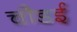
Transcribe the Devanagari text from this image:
चौडई